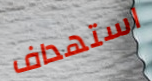
استهداف